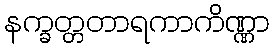
နက္ခတ္တတာရကာကိဏ္ဏာ